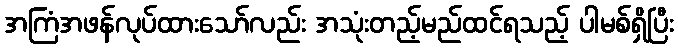
အကြံအဖန်လုပ်ထားသော်လည်း အသုံးတည့်မည်ထင်ရသည့် ပါမစ်ရှိပြီး